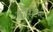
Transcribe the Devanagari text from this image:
कोंस्टैन्ट